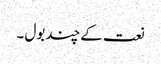
نعت کے چند بول ۔